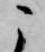
こ